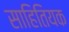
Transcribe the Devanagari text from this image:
साहितियक